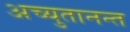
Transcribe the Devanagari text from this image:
अच्युतानन्त